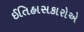
ઈતિહાસકારોએ